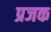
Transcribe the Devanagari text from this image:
प्रजक